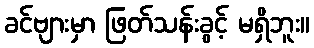
ခင်ဗျားမှာ ဖြတ်သန်းခွင့် မရှိဘူး။